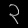
Digit: ၃